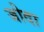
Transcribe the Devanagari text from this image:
जोदा